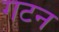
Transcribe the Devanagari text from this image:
गटन